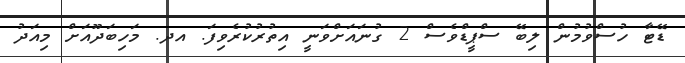
ޑޭޓާ ހުސްވުމުން ލިބޭ ސްޕީޑްވެސް 2 ގުނައަށްވަނީ އިތުރުކުރެވިފަ. އދ. މަހިބަދޫއަށް މިއަދު